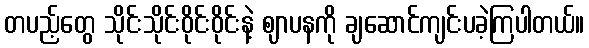
တပည့်တွေ သိုင်းသိုင်းဝိုင်းဝိုင်းနဲ့ ဈာပနကို ချဆောင်ကျင်းပခဲ့ကြပါတယ်။